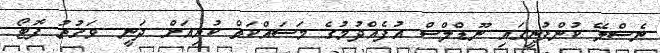
ނެސްލޭ ކުންފުނީގައި ނޫޑްލްސް އުފެއްދުމުގެ މަސައްކަތް ކުރިއަށް ދަނީ  ވަގުތު ފޮޓޯ